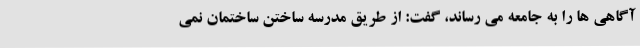
آگاهی ها را به جامعه می رساند، گفت: از طریق مدرسه ساختن ساختمان نمی